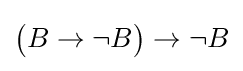
{\big (}B\rightarrow \neg B{\big )}\rightarrow \neg B